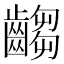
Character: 齺